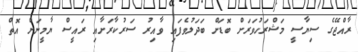
ރާއްޖޭގެ ސިޔާސީ މަޝްރަހުވަރަށް ބޮޑަށް ބަދަލުވެފައި ވާއިރު ސަރުކާރަށާއި ރައީސް ޔާމީނަށް އޮތް